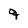
Character: q